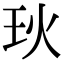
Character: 𪻓